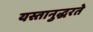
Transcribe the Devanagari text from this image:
यस्तानुद्धरते